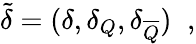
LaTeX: \tilde{\delta}=(\delta,\delta_{Q},\delta_{\overline{{Q}}})\; \; ,